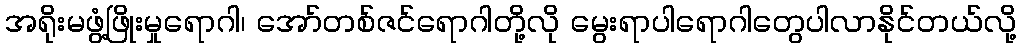
အရိုးမဖွံ့ဖြိုးမှုရောဂါ၊ အော်တစ်ဇင်ရောဂါတို့လို မွေးရာပါရောဂါတွေပါလာနိုင်တယ်လို့